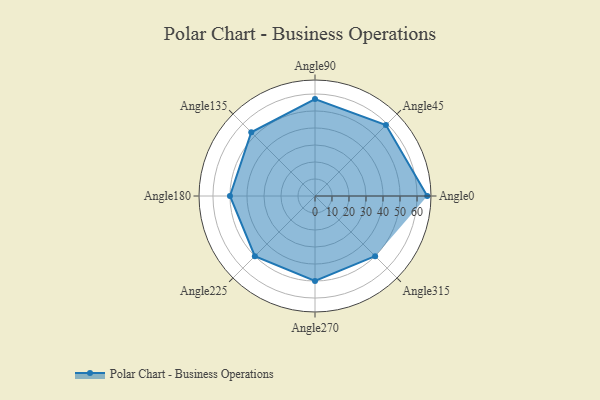
{"axis": {"x": "Angle", "y": "Radius"}, "legend": [""], "data": [{"x": "Angle0", "y": 66.0, "type": ""}, {"x": "Angle45", "y": 59.0, "type": ""}, {"x": "Angle90", "y": 57.0, "type": ""}, {"x": "Angle135", "y": 53.0, "type": ""}, {"x": "Angle180", "y": 50, "type": ""}, {"x": "Angle225", "y": 50, "type": ""}, {"x": "Angle270", "y": 50, "type": ""}, {"x": "Angle315", "y": 50.0, "type": ""}]}